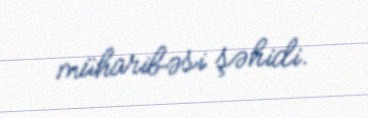
müharibəsi şəhidi.